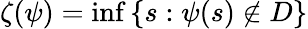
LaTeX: \zeta(\psi)=\operatorname*{inf}\left\{ s:\psi(s)\notin D\right\}